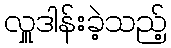
လှူဒါန်းခဲ့သည့်